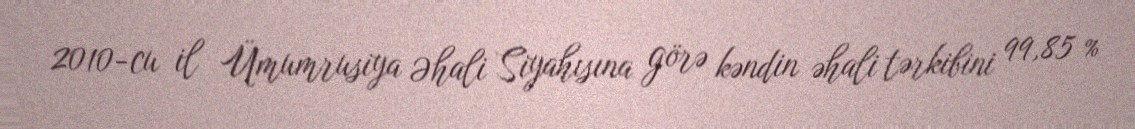
2010-cu il Ümumrusiya Əhali Siyahısına görə kəndin əhali tərkibini 99,85 %